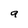
Character: a